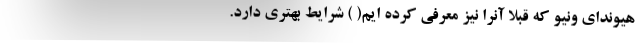
هیوندای ونیو که قبلا آنرا نیز معرفی کرده ایم( ) شرایط بهتری دارد.